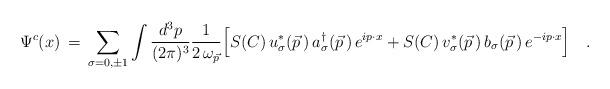
LaTeX: \begin{align*}\Psi^c(x)\,=\,\sum_{\sigma=0,\pm 1}\int {d^3p\over (2\pi)^{3} } {1\over 2\,\omega_{\vec p}}\Big[ S(C)\,u^\ast_\sigma(\vec p\,)\, a^\dagger_\sigma(\vec p\, )\,e^{i p\cdot x}+ S(C)\,v^\ast_\sigma(\vec p\,)\,b_\sigma(\vec p\,) \,e^{-i p\cdot x} \Bigr ]\quad.\end{align*}